Report on plague in the Punjab from October 1st ... to September 30th ..., being the ... season of plague in the province
Disease focus: Plague
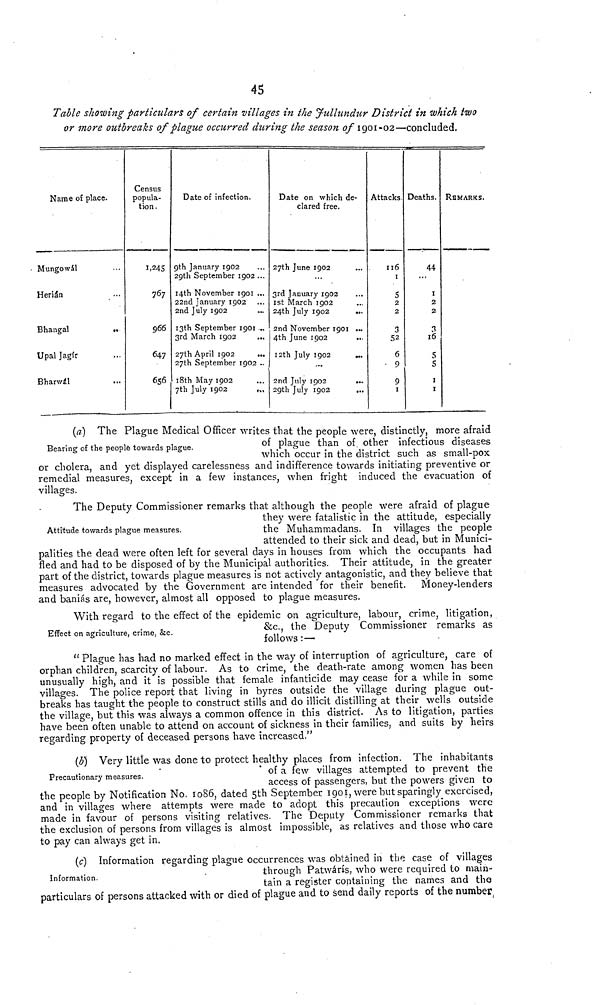
45
Table showing particulars of certain villages in the Jullundur District in which two
or more outbreaks of plague occurred during the season of 1901-02—concluded.
Name of place.
Mungowál
Herián
Bhangal
Upal Jagfr
Bharwál
...
Census
popula-
tion.
1,245
767
966
647
656
Date of infection.
9th January 1902
29th September 1902 ...
14th November 1901 ...
22nd January 1902
2nd July 1902
13th September 1901 ...
3rd March 1902
27th April 1902
...
27th September 1902 ..
18th May 1902
7th July 1902
...
Date on which de-
clared free.
27th June 1902
3rd January 1902
ist March 1902
24th July 1902
...
...
2nd November 1901 ...
4th June 1902
12th July I902
...
2nd July 1902
29th July 1902
...
Attacks
116
1
5
2
2
3
52
6
9
9
1
Deaths.
44
1
2
2
3
16
5
5
1
1
REMARKS.
(a) The Plague Medical Officer writes that the people were, distinctly, more afraid
of plague than of other infectious diseases
which occur in the district such as small-pox
or cholera, and yet displayed carelessness and indifference towards initiating preventive or
remedial measures, except in a few instances, when fright induced the evacuation of
villages.
The Deputy Commissioner remarks that although the people were afraid of plague
they were fatalistic in the attitude, especially
the Muhammadans. In villages the people
attended to their sick and dead, but in Munici-
palities the dead were often left for several days in houses from which the occupants had
fled and had to be disposed of by the Municipal authorities. Their attitude, in the greater
part of the district, towards plague measures is not actively antagonistic, and they believe that
measures advocated by the Government are intended for their benefit. Money-lenders
and baniás are, however, almost all opposed to plague measures.
With regard to the effect of the epidemic on agriculture, labour, crime, litigation,
&c, the Deputy Commissioner remarks as
follows :—
" Plague has had no marked effect in the way of interruption of agriculture, care of
orphan children, scarcity of labour. As to crime, the death-rate among women has been
unusually high, and it is possible that female infanticide may cease for a while in some
villages. The police report that living in byres outside the village during plague out-
breaks has taught the people to construct stills and do illicit distilling at their wells outside
the village, but this was always a common offence in this district. As to litigation, parties
have been often unable to attend on account of sickness in their families, and suits by lieirs
regarding property of deceased persons have increased."
(b) Very little was done to protect healthy places from infection. The inhabitants
of a few villages attempted to prevent the
access of passengers, but the powers given to
the people by Notification No. 1086, dated 5th September igot, were but sparingly exercised,
and in villages where attempts were made to adopt this precaution exceptions were
made in favour of persons visiting relatives. The Deputy Commissioner remarks that
the exclusion of persons from villages is almost impossible, as relatives and those who care
to pay can always get in.
(c) Information regarding plague occurrences was obtained in the case of villages
through Patwárís, who were required to main-
tain a register containing the names and the
particulars of persons attacked with or died of plague and to send daily reports of the number.